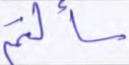
سألتم